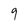
Character: 9